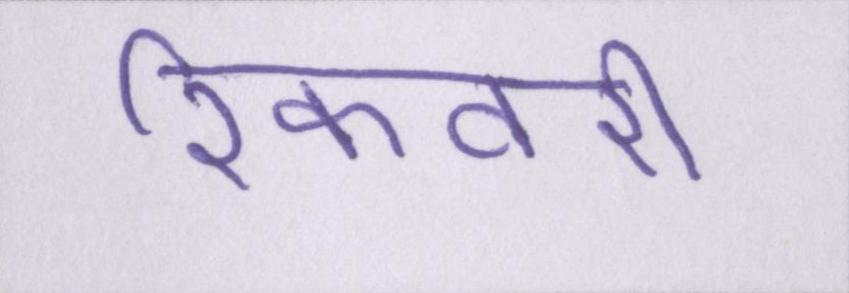
रिकवरी